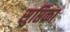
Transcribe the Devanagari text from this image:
सुप्तिका